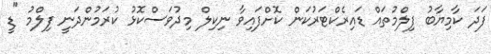
ފަދަ ކާމިޔާބު ފިލްމުތައް ޑައިރެކްޓަރުކަން ކޮށްފައިވާ ނިކިލް މިދުވަސްކޮޅު ކުރަމުންދަނީ ފިލްމު "ޑީ